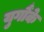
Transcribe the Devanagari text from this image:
युगौंके